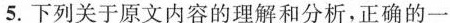
5.下列关于原文内容的理解和分析，正确的一